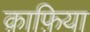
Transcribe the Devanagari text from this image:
क़ाफ़िया